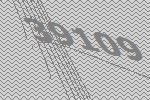
39109